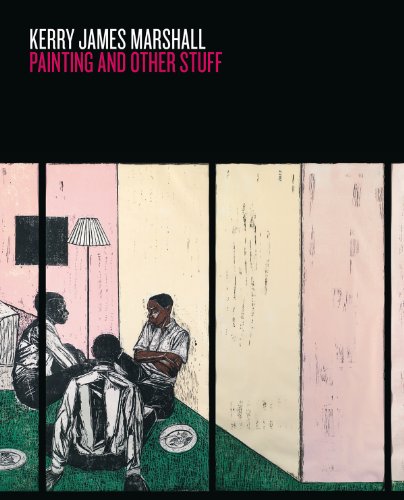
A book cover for Kerry James Marshall: Painting and Other Stuff; Okwui Enwezor; Arts & Photography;